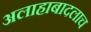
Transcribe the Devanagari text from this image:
अलाहाबादलाच